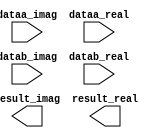
// megafunction wizard: %ALTMULT_COMPLEX%VBB%
// GENERATION: STANDARD
// VERSION: WM1.0
// MODULE: altmult_complex 

// ============================================================
// Megafunction Name(s):
// 			altmult_complex
//
// Simulation Library Files(s):
// 			altera_mf
// ============================================================
// ************************************************************
// THIS IS A WIZARD-GENERATED FILE. DO NOT EDIT THIS FILE!
//
// 13.0.1 Build 232 06/12/2013 SP 1 SJ Web Edition
// ************************************************************

//Copyright (C) 1991-2013 Altera Corporation
//Your use of Altera Corporation's design tools, logic functions 
//and other software and tools, and its AMPP partner logic 
//functions, and any output files from any of the foregoing 
//(including device programming or simulation files), and any 
//associated documentation or information are expressly subject 
//to the terms and conditions of the Altera Program License 
//Subscription Agreement, Altera MegaCore Function License 
//Agreement, or other applicable license agreement, including, 
//without limitation, that your use is for the sole purpose of 
//programming logic devices manufactured by Altera and sold by 
//Altera or its authorized distributors.  Please refer to the 
//applicable agreement for further details.

module cmplx_mult (
	dataa_imag,
	dataa_real,
	datab_imag,
	datab_real,
	result_imag,
	result_real)/* synthesis synthesis_clearbox = 1 */;

	input	[31:0]  dataa_imag;
	input	[31:0]  dataa_real;
	input	[31:0]  datab_imag;
	input	[31:0]  datab_real;
	output	[63:0]  result_imag;
	output	[63:0]  result_real;

endmodule

// ============================================================
// CNX file retrieval info
// ============================================================
// Retrieval info: PRIVATE: INTENDED_DEVICE_FAMILY STRING "Cyclone II"
// Retrieval info: PRIVATE: SYNTH_WRAPPER_GEN_POSTFIX STRING "0"
// Retrieval info: LIBRARY: altera_mf altera_mf.altera_mf_components.all
// Retrieval info: CONSTANT: IMPLEMENTATION_STYLE STRING "AUTO"
// Retrieval info: CONSTANT: INTENDED_DEVICE_FAMILY STRING "Cyclone II"
// Retrieval info: CONSTANT: PIPELINE NUMERIC "0"
// Retrieval info: CONSTANT: REPRESENTATION_A STRING "SIGNED"
// Retrieval info: CONSTANT: REPRESENTATION_B STRING "SIGNED"
// Retrieval info: CONSTANT: WIDTH_A NUMERIC "32"
// Retrieval info: CONSTANT: WIDTH_B NUMERIC "32"
// Retrieval info: CONSTANT: WIDTH_RESULT NUMERIC "64"
// Retrieval info: USED_PORT: dataa_imag 0 0 32 0 INPUT NODEFVAL "dataa_imag[31..0]"
// Retrieval info: USED_PORT: dataa_real 0 0 32 0 INPUT NODEFVAL "dataa_real[31..0]"
// Retrieval info: USED_PORT: datab_imag 0 0 32 0 INPUT NODEFVAL "datab_imag[31..0]"
// Retrieval info: USED_PORT: datab_real 0 0 32 0 INPUT NODEFVAL "datab_real[31..0]"
// Retrieval info: USED_PORT: result_imag 0 0 64 0 OUTPUT NODEFVAL "result_imag[63..0]"
// Retrieval info: USED_PORT: result_real 0 0 64 0 OUTPUT NODEFVAL "result_real[63..0]"
// Retrieval info: CONNECT: @dataa_imag 0 0 32 0 dataa_imag 0 0 32 0
// Retrieval info: CONNECT: @dataa_real 0 0 32 0 dataa_real 0 0 32 0
// Retrieval info: CONNECT: @datab_imag 0 0 32 0 datab_imag 0 0 32 0
// Retrieval info: CONNECT: @datab_real 0 0 32 0 datab_real 0 0 32 0
// Retrieval info: CONNECT: result_imag 0 0 64 0 @result_imag 0 0 64 0
// Retrieval info: CONNECT: result_real 0 0 64 0 @result_real 0 0 64 0
// Retrieval info: GEN_FILE: TYPE_NORMAL cmplx_mult.v TRUE
// Retrieval info: GEN_FILE: TYPE_NORMAL cmplx_mult.inc FALSE
// Retrieval info: GEN_FILE: TYPE_NORMAL cmplx_mult.cmp FALSE
// Retrieval info: GEN_FILE: TYPE_NORMAL cmplx_mult.bsf TRUE
// Retrieval info: GEN_FILE: TYPE_NORMAL cmplx_mult_inst.v TRUE
// Retrieval info: GEN_FILE: TYPE_NORMAL cmplx_mult_bb.v TRUE
// Retrieval info: LIB_FILE: altera_mf